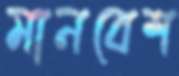
মানবেশ